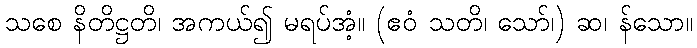
သစေ နိတိဋ္ဌတိ၊ အကယ်၍ မရပ်အံ့။ (ဧဝံ သတိ၊ သော်၊) ဆ၊ န်သော။